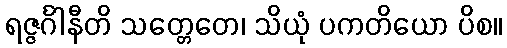
ရဇ္ဇင်္ဂါနီတိ သတ္တေတေ၊ သိယုံ ပကတိယော ပိစ။